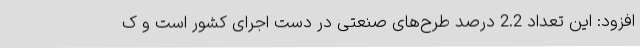
افزود: این تعداد 2.2 درصد طرح‌های صنعتی در دست اجرای کشور است و ک